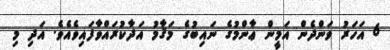
6 އަހަރު ވަންދެން އަމީން ޢާންމުގެ ނައިބުގެ މަޤާމު އަދާކުރައްވާފައިވެއެވެ. އަދި މި